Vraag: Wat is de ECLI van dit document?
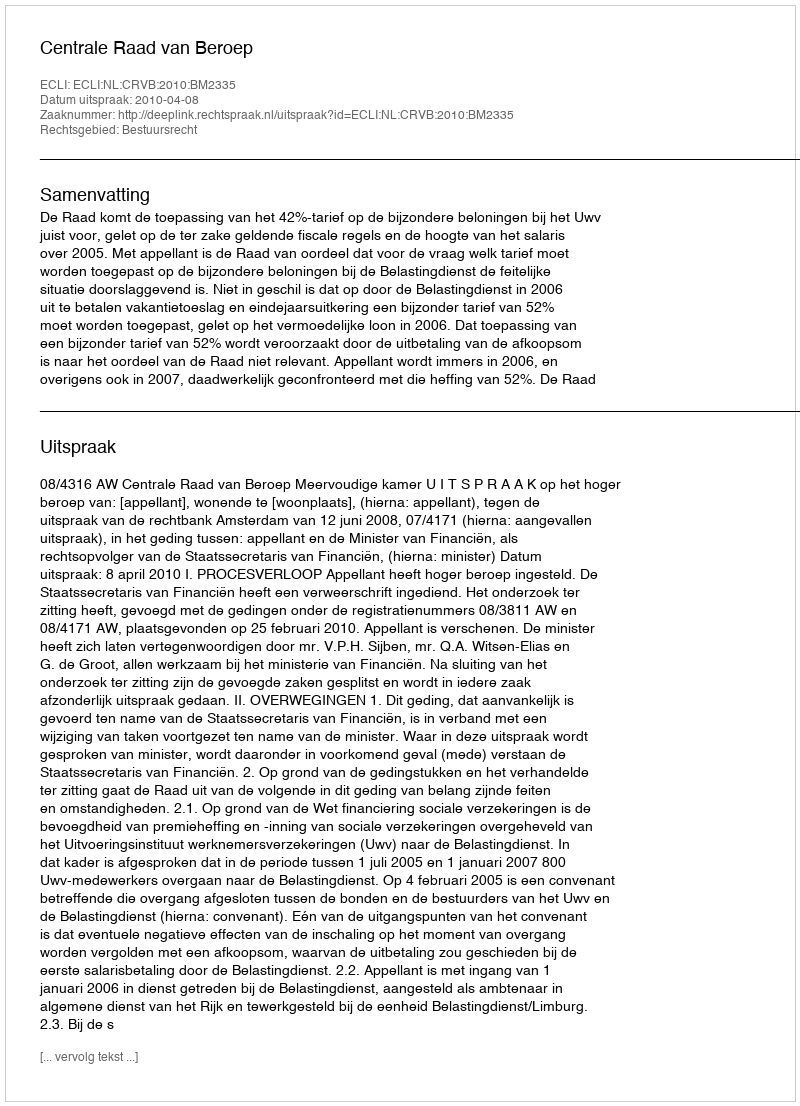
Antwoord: ECLI:NL:CRVB:2010:BM2335